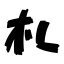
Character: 札